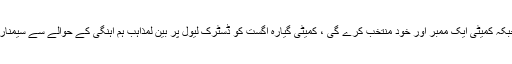
ایڈشنل سیکرٹری انفارمیشن اینڈ کلچر ،الیگذینڈر جان ملک ،رمیشن سنگھ ارورا کمیٹی کے ممبرز ہیں جبکہ کمیٹی ایک ممبر اور خود منتخب کرے گی ، کمیٹی گیارہ اگست کو ڈسٹرک لیول پر بین لمذاہب ہم آہنگی کے حوالے سے سیمنارز منعقد کرے گی اور چرچ اور دیگر اقلیتی عبادت گاہوں میں خصوصی دعاوں کا اہتمام کیا جائے گا ۔